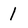
Character: 1